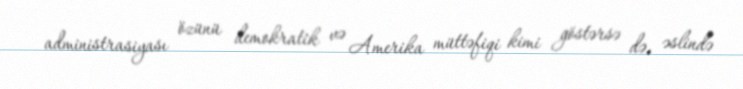
administrasiyası özünü demokratik və Amerika müttəfiqi kimi göstərsə də, əslində